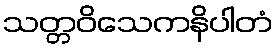
သတ္တဝိသေကနိပါတံ